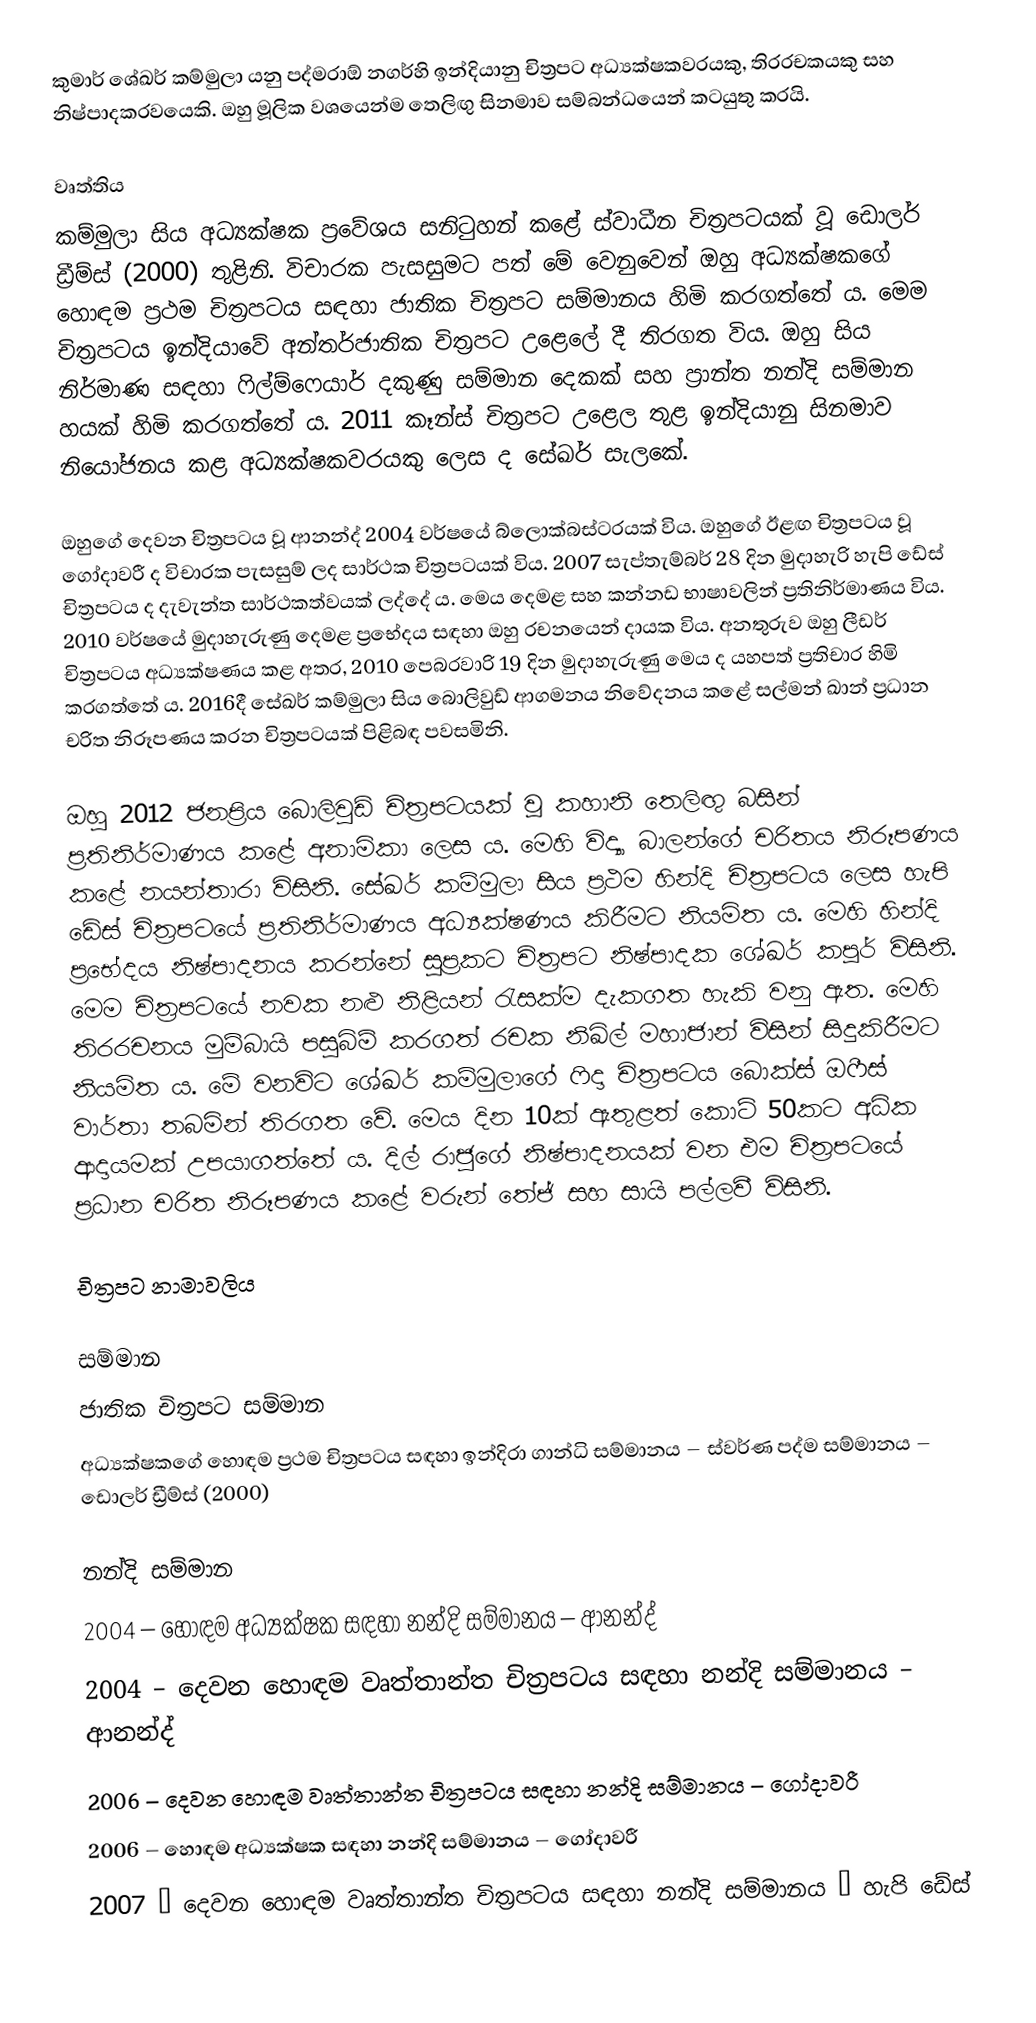
කුමාර් ශේඛර් කම්මුලා යනු පද්මරාඕ නගර්හි ඉන්දියානු චිත්‍රපට අධ්‍යක්ෂකවරයකු, තිරරචකයකු සහ නිෂ්පාදකරවයෙකි. ඔහු මූලික වශයෙන්ම තෙලිඟු සිනමාව සම්බන්ධයෙන් කටයුතු කරයි.

වෘත්තිය
කම්මුලා සිය අධ්‍යක්ෂක ප්‍රවේශය සනිටුහන් කළේ ස්වාධීන චිත්‍රපටයක් වූ ඩොලර් ඩ්‍රීම්ස් (2000) තුළිනි. විචාරක පැසසුමට පත් මේ වෙනුවෙන් ඔහු අධ්‍යක්ෂකගේ හොඳම ප්‍රථම චිත්‍රපටය සඳහා ජාතික චිත්‍රපට සම්මානය හිමි කරගත්තේ ය. මෙම චිත්‍රපටය ඉන්දියාවේ අන්තර්ජාතික චිත්‍රපට උළෙලේ දී තිරගත විය. ඔහු සිය නිර්මාණ සඳහා ෆිල්ම්ෆෙයාර් දකුණු සම්මාන දෙකක් සහ ප්‍රාන්ත නන්දි සම්මාන හයක් හිමි කරගත්තේ ය. 2011 කෑන්ස් චිත්‍රපට උළෙල තුළ ඉන්දියානු සිනමාව නියෝජනය කළ අධ්‍යක්ෂකවරයකු ලෙස ද සේඛර් සැලකේ.

ඔහුගේ දෙවන චිත්‍රපටය වූ ආනන්ද් 2004 වර්ෂයේ බ්ලොක්බස්ටරයක් විය. ඔහුගේ ඊළඟ චිත්‍රපටය වූ ගෝදාවරී ද විචාරක පැසසුම් ලද සාර්ථක චිත්‍රපටයක් විය. 2007 සැප්තැම්බර් 28 දින මුදාහැරි හැපි ඩේස් චිත්‍රපටය ද දැවැන්ත සාර්ථකත්වයක් ලද්දේ ය. මෙය දෙමළ ‍සහ කන්නඩ භාෂාවලින් ප්‍රතිනිර්මාණය විය. 2010 වර්ෂයේ මුදාහැරුණු දෙමළ ප්‍රභේදය සඳහා ඔහු රචනයෙන් දායක විය. අනතුරුව ඔහු ලීඩර් චිත්‍රපටය අධ්‍යක්ෂණය කළ අතර, 2010 පෙබරවාරි 19 දින මුදාහැරුණු මෙය ද යහපත් ප්‍රතිචාර හිමි කරගත්තේ ය. 2016දී සේඛර් කම්මුලා සිය බොලිවුඩ් ආගමනය නිවේදනය කළේ සල්මන් ඛාන් ප්‍රධාන චරිත නිරූපණය කරන චිත්‍රපටයක් පිළිබඳ පවසමිනි.

ඔහු 2012 ජනප්‍රිය බොලිවුඩ් චිත්‍රපටයක් වූ කහානි තෙලිඟු බසින් ප්‍රතිනිර්මාණය කළේ අනාමිකා ලෙස ය. මෙහි විද්‍යා බාලන්ගේ චරිතය නිරූපණය කළේ නයන්තාරා විසිනි. සේඛර් කම්මුලා සිය ප්‍රථම හින්දි චිත්‍රපටය ලෙස හැපි ඩේස් චිත්‍රපටයේ ප්‍රතිනිර්මාණය අධ්‍යක්ෂණය කිරීමට නියමිත ය. මෙහි හින්දි ප්‍රභේදය නිෂ්පාදනය කරන්නේ සුප්‍රකට චිත්‍රපට නිෂ්පාදක ශේඛර් කපූර් විසිනි. මෙම චිත්‍රපටයේ නවක නළු නිළියන් රැසක්ම දැකගත හැකි වනු ඇත. මෙහි තිරරචනය මුම්බායි පසුබිම් කරගත් රචක නිඛිල් මහාජාන් විසින් සිදුකිරීමට නියමිත ය. මේ වනවිට ශේඛර් කම්මුලාගේ ෆිදා චිත්‍රපටය බොක්ස් ඔෆීස් වාර්තා තබමින් තිරගත වේ. මෙය දින 10ක් ඇතුළත් කොටි 50කට අධික ආදායමක් උපයාගත්තේ ය. දිල් රාජුගේ නිෂ්පාදනයක් වන එම චිත්‍රපටයේ ප්‍රධාන චරිත නිරූපණය කළේ වරුන් තේජ් සහ සායි පල්ලවී විසිනි.

චිත්‍රපට නාමාවලිය

සම්මාන
ජාතික චිත්‍රපට සම්මාන
අධ්‍යක්ෂකගේ හොඳම ප්‍රථම චිත්‍රපටය සඳහා ඉන්දිරා ගාන්ධි සම්මානය – ස්වර්ණ පද්ම සම්මානය – ඩොලර් ඩ්‍රීම්ස් (2000)

නන්දි සම්මාන
2004 – හොඳම අධ්‍යක්ෂක සඳහා නන්දි සම්මානය – ආනන්ද්
2004 – දෙවන හොඳම වෘත්තාන්ත චිත්‍රපටය සඳහා නන්දි සම්මානය – ආනන්ද්
2006 – දෙවන හොඳම වෘත්තාන්ත චිත්‍රපටය සඳහා නන්දි සම්මානය – ගෝදාවරී
2006 – හොඳම අධ්‍යක්ෂක සඳහා නන්දි සම්මානය – ගෝදාවරී
2007 – දෙවන හොඳම වෘත්තාන්ත චිත්‍රපටය සඳහා නන්දි සම්මානය – හැපි ඩේස්